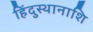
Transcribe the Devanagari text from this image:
हिंदुस्थानाशि